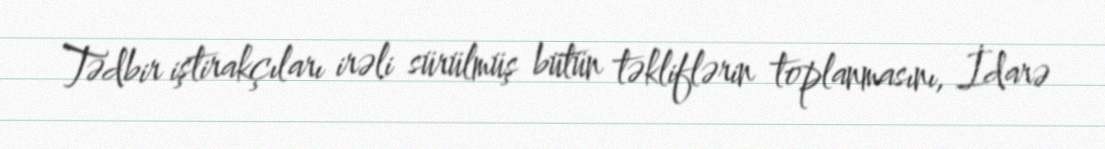
Tədbir iştirakçıları irəli sürülmüş bütün təkliflərin toplanmasını, İdarə